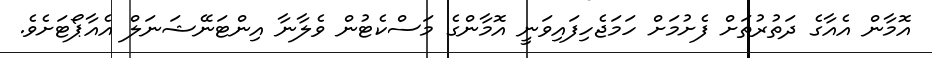
އޮމާން އެއާގެ ދަތުރުތަށް ފެށުމަށް ހަމަޖެހިފައިވަނީ އޮމާންގެ މަސްކެޓުން ވެލާނާ އިންޓަނޭޝަނަލް އެއާޕޯޓަށެވެ.